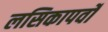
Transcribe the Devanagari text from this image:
लसिकापर्वों